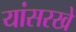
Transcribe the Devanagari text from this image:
यांसरखे